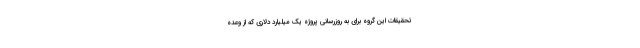
تحقیقات این گروه برای به روزرسانی پروژه یک میلیارد دلاری که از وعده